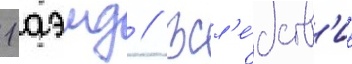
1 аэмд // Всл'е́дств'ие